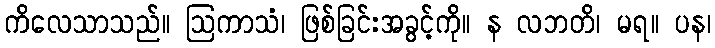
ကိလေသာသည်။ ဩကာသံ၊ ဖြစ်ခြင်းအခွင့်ကို။ န လဘတိ၊ မရ။ ပန၊